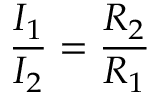
{ \frac { I _ { 1 } } { I _ { 2 } } } = { \frac { R _ { 2 } } { R _ { 1 } } }